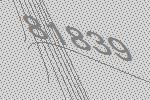
81839